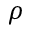
\rho